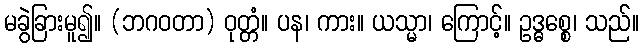
မခွဲခြားမူ၍။ (ဘဂဝတာ) ဝုတ္တံ။ ပန၊ ကား။ ယသ္မာ၊ ကြောင့်။ ဥဒ္ဓစ္စေ၊ သည်။